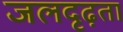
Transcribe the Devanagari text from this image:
जलदृढ़ता